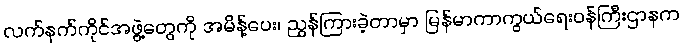
လက်နက်ကိုင်အဖွဲ့တွေကို အမိန့်ပေး၊ ညွှန်ကြားခဲ့တာမှာ မြန်မာကာကွယ်ရေးဝန်ကြီးဌာနက